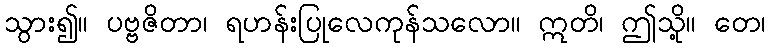
သွား၍။ ပဗ္ဗဇိတာ၊ ရဟန်းပြုလေကုန်သလော။ ဣတိ၊ ဤသို့။ တေ၊